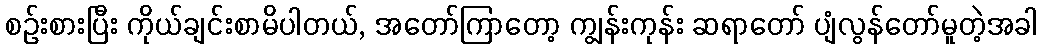
စဉ်းစားပြီး ကိုယ်ချင်းစာမိပါတယ်, အတော်ကြာတော့ ကျွန်းကုန်း ဆရာတော် ပျံလွန်တော်မူတဲ့အခါ